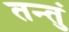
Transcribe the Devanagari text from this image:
तन्तुं